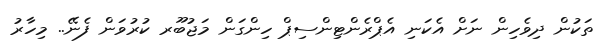
ތަކުން ދިވެހިން ނަށް އެކަނި އެޕްރެންޓިންސިޕް ހިންގަން މަޖުބޫރ ކުރުވަން ފެނޭ.. މިހާރު